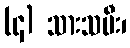
(၄) သားသမီး၊